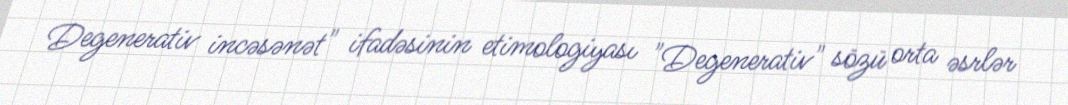
Degenerativ incəsənət" ifadəsinin etimologiyası "Degenerativ" sözü orta əsrlər